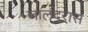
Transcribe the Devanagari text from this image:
जालंदरास